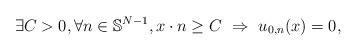
LaTeX: \begin{align*}\exists C >0, \forall n \in \mathbb{S}^{N-1}, x\cdot n \geq C \ \Rightarrow \ u_{0,n} (x) = 0,\end{align*}